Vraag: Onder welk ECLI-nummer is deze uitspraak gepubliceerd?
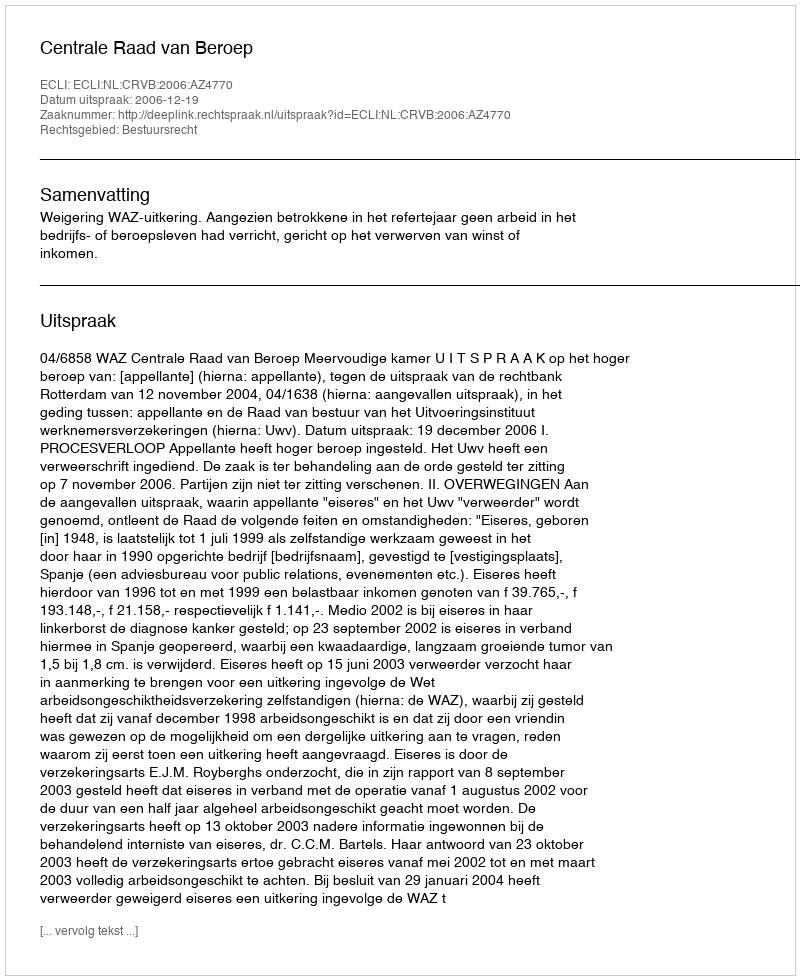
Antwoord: ECLI:NL:CRVB:2006:AZ4770